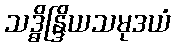
သဒ္ဓိန္ဒြိယသမုဒယံ